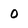
Character: 0